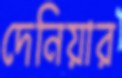
দেনিয়ার